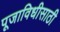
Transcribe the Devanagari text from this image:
पूजाविधीसाठी